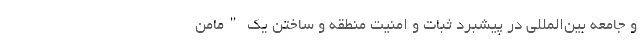
و جامعه بین‌المللی در پیشبرد ثبات و امنیت منطقه و ساختن یک "مامن